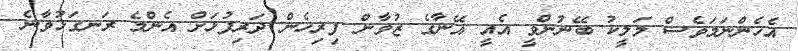
އެހެންނަމަވެސް މަލީކު ބޭނުންވީ އެއީ އޭނާގެ ޒުވާން ފިރިހެން ދަރިފުޅަށް އެންމެ ރަނގަޅުވާނެ